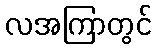
လအကြာတွင်